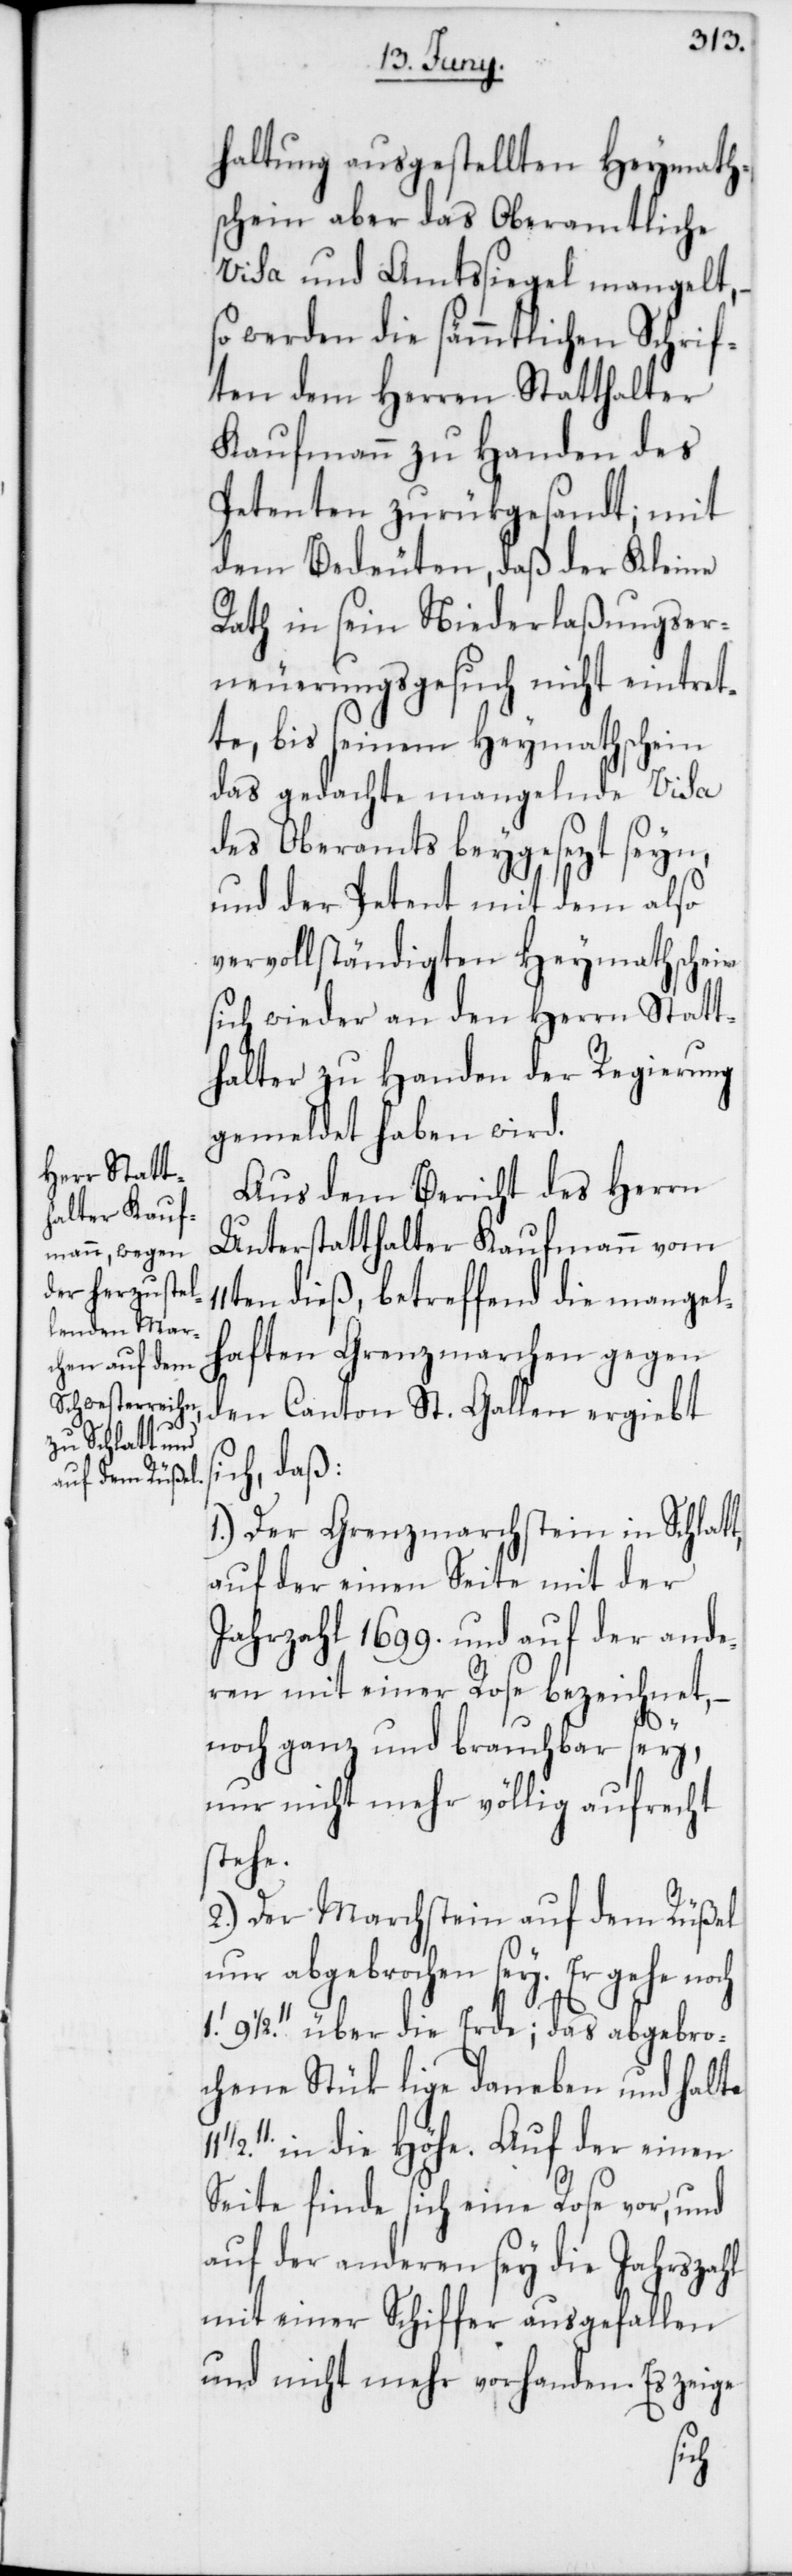
11t¬
haltung ausgestellten Heymath¬
schein aber das Oberamtliche
Visa und Amtssiegel mangelt,
so werden die sämmtlichen Schrif¬
ten dem Herren Statthalter
Kaufmann zu Handen des
Petenten zurükgesandt; mit
dem Bedeuten, daß der Kleine
Rath in sein Niederlaßungser¬
neuerungsgesuch nicht eintret¬
te, bis seinem Heymathschein
das gedachte mangelnde Visa
des Oberamts beygesezt seyn,
und der Petent mit dem also
vervollständigten Heymathscheine
sich wieder an den Herrn Statt¬
halter zu Handen der Regierung
gemeldet haben wird.
Aus dem Bericht des Herrn
Unterstatthalter Kaufmann vom
en dieß, betreffend die mangel¬
haften Grenzmarchen gegen
den Canton St. Gallen ergiebt
ich, daß:
1.) Der Grenzmarchstein in Schlatt,
auf der einen Seite mit der
Jahrzahl 1699. und auf der ande¬
ren mit einer Rose bezeichnet,
noch ganz und brauchbar sey,
nur nicht mehr völlig aufrecht
stehe.
2.) Der Marchstein auf dem Rüßel
nur abgebrochen sey. Er gehe noch
91/2.’’ über die Erde; das abgebro¬
chene Stük lige daneben und halte
in die Höhe. Auf der einen
Seite finde sich eine Rose vor, und
auf der anderen sey die Jahrszahl
mit einer Ziffer ausgefallen
und nicht mehr vorhanden. Es zeige
s¬